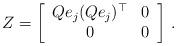
LaTeX: \begin{align*}Z=\left[\begin{array}{cc}Qe_j (Q e_j)^{\top} & 0\\0 & 0\end{array}\right]\,.\end{align*}